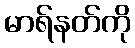
မာရ်နတ်ကို